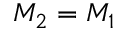
M _ { 2 } = M _ { 1 }